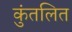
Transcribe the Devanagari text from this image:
कुंतलित